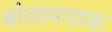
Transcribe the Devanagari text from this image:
बोलामपाक